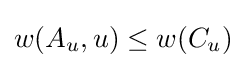
w(A_{u},u)\leq w(C_{u})